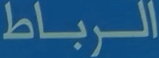
الرباط